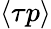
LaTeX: \langle\tau p\rangle